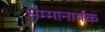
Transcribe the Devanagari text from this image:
सम्मानार्थक